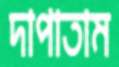
দাপাতাম